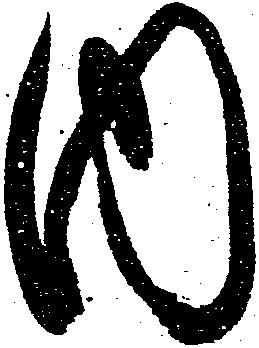
内